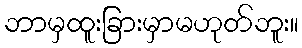
ဘာမှထူးခြားမှာမဟုတ်ဘူး။